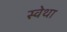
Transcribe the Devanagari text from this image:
स्वेथा